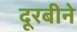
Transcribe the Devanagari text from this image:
दूरबीने